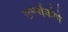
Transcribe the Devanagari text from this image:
समर्थकोने